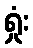
ရှုံး